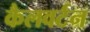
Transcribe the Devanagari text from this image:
कैलवर्टन